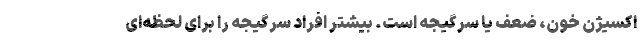
اکسیژن خون، ضعف یا سرگیجه است. بیشتر افراد سرگیجه را برای لحظه‌ای